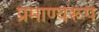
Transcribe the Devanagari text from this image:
प्रमाण्यरूप